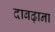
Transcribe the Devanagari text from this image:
दाबढ़ाना